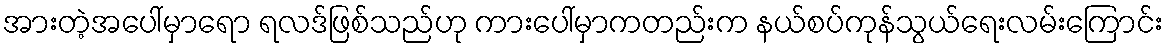
အားတဲ့အပေါ်မှာရော ရလဒ်ဖြစ်သည်ဟု ကားပေါ်မှာကတည်းက နယ်စပ်ကုန်သွယ်ရေးလမ်းကြောင်း